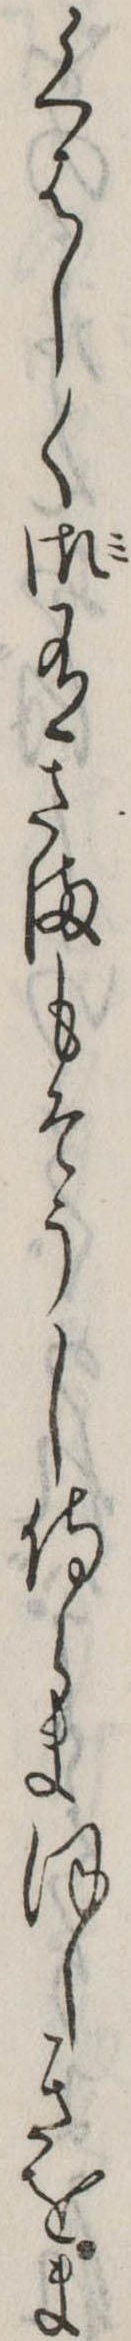
くはしく御有さまもそうし侍らまほしきをま